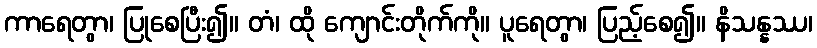
ကာရေတွာ၊ ပြုစေပြီး၍။ တံ၊ ထို ကျောင်းတိုက်ကို။ ပူရေတွာ၊ ပြည့်စေ၍။ နိသန္နဿ၊